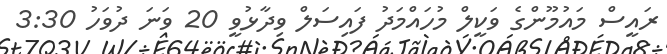
ރައީސް މައުމޫންގެ ވަކީލް މުހައްމަދު ފައިސަލް ވިދާޅުވީ 20 ވަނަ ދުވަހު 3:30